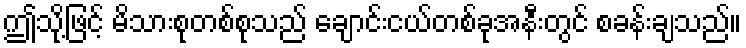
ဤသို့ဖြင့် မိသားစုတစ်စုသည် ချောင်းငယ်တစ်ခုအနီးတွင် စခန်းချသည်။